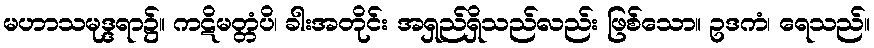
မဟာသမုဒ္ဒရာ၌။ ကဋိမတ္တံပိ၊ ခါးအတိုင်း အရှည်ရှိသည်လည်း ဖြစ်သော။ ဥဒကံ၊ ရေသည်။